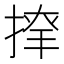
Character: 𢱂